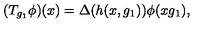
( T _ { g _ { 1 } } \phi ) ( x ) = \Delta ( h ( x , g _ { 1 } ) ) \phi ( x g _ { 1 } ) ,